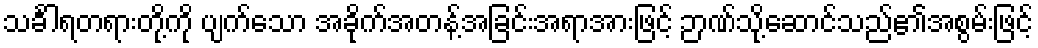
သင်္ခါရတရားတို့ကို ပျက်သော အခိုက်အတန့်အခြင်းအရာအားဖြင့် ဉာဏ်သို့ဆောင်သည်၏အစွမ်းဖြင့်